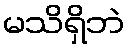
မသိရှိဘဲ